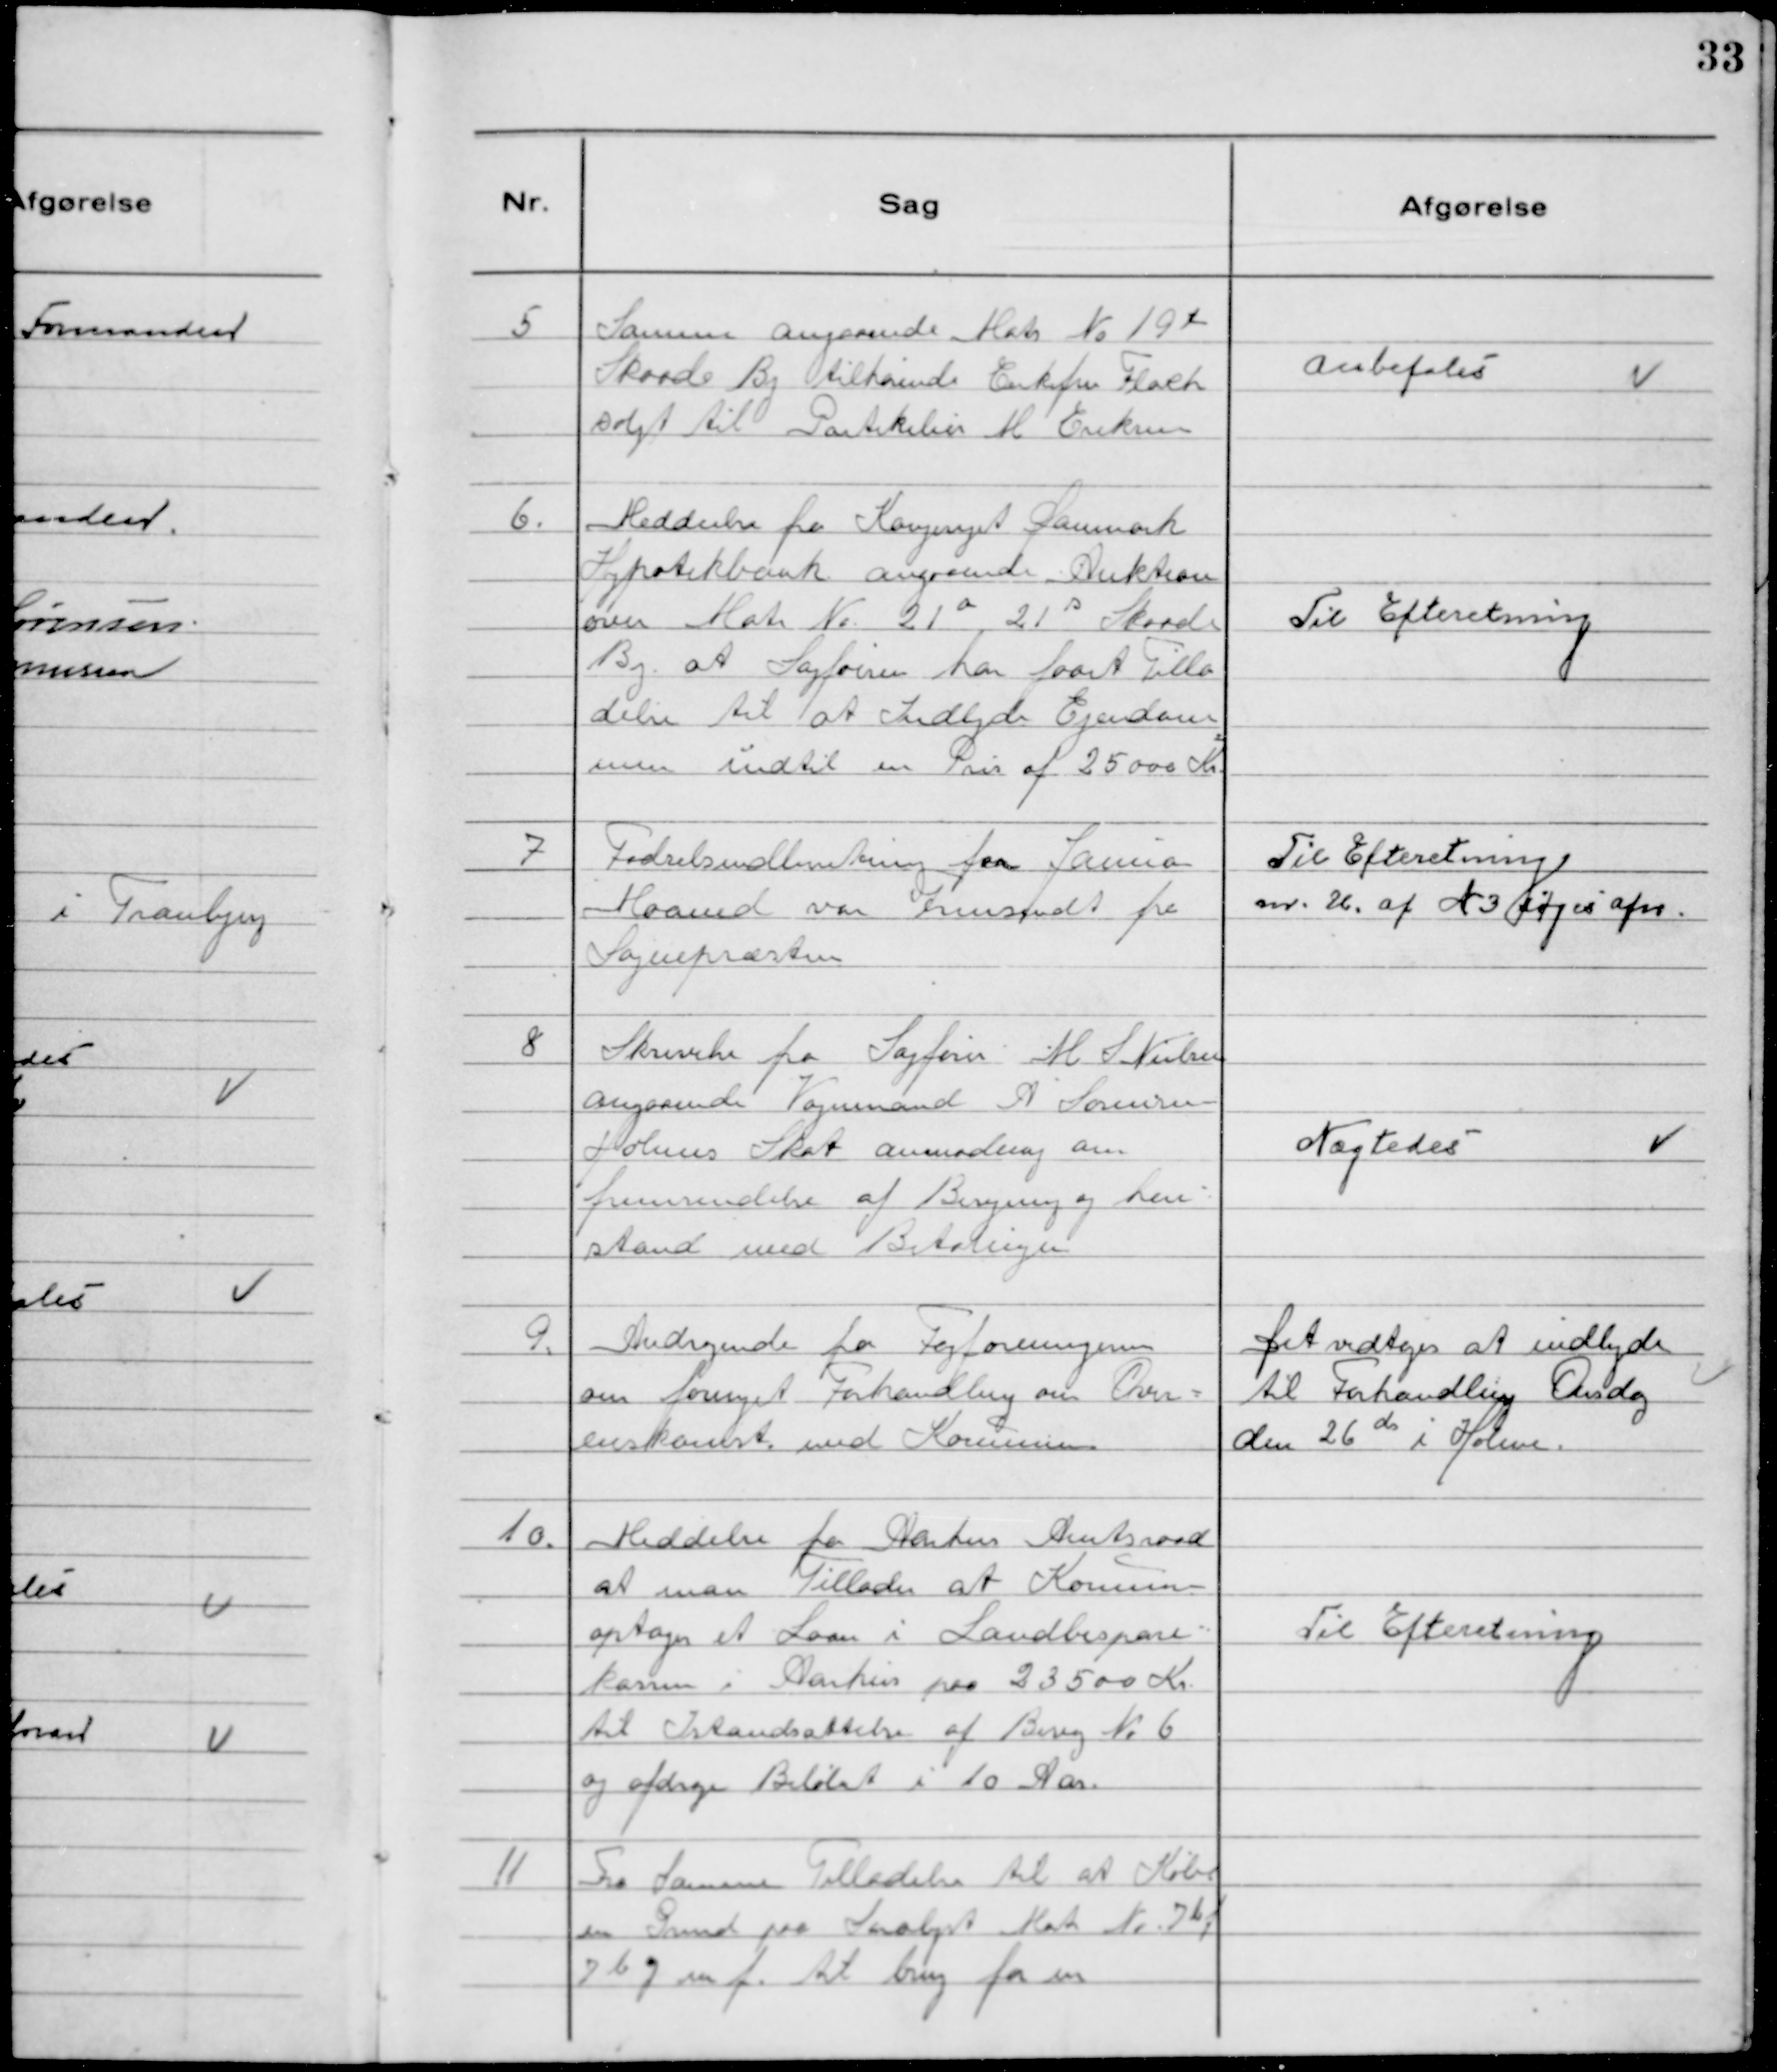
Transskription:
5 Samme angaaende Matr N° 19 t
Skaade By tilhørende Enkefru Flach
solgt til Partikulier M Eriksen

Anbefaleś

6. Meddeelse fra Kongeriget Danmark
Hypotekbank angaaende Auktion
over Matr N° 21 a 21 s Skaade
By at Sagføeren har faaet Tilla
delse til at Indbyde Ejendom
men indtil en Pris af 25000 Kr.

Til Efteretning

7 Fødselsindberetning for Januar
Maaned var Fremsendt fra
Sognepræsten

Til Efteretning
m. 26. af N 3 søges afm.

8 Skrivelse fra Sagfører M S Nielsen
angaaende Vognmand A Sørensen
Holmes Skat anmodning om
fremsendelse af Beregning og hen
stand med Betalingen

Nægtedes

9. Andragende fra Fagforeningerne
om fornyet Forhandling om Over-
enskomst med Kommunen.

Det vedtoges at indbyde
til Forhandling Onsdag
den 26 ds i Holme.

10. Meddelse fra Aarhus Amtsraad
at man Tillader at Kommunen
optager et Laan i Landbospare
kassen i Aarhus paa 23500 Kr.
til Istandsættelse af Bivej N° 6
og afdrage Beløbet i 10 Aar.

Til Efteretning

11 Fra Samme Tilladelse til at Købe
en Grund paa Saralyst Matr No 7bf
7bg mf. til brug for en